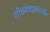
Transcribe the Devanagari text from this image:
परिक्रमेबद्दलदेखील